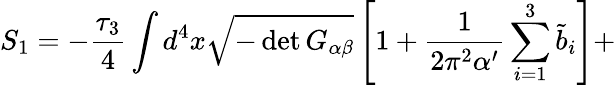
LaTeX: S_{1}=-\frac{\tau_{3}}{4}\int d^{4}x\sqrt{-\operatorname*{det}G_{\alpha\beta}}\left[1+\frac{1}{2\pi^{2}\alpha^{\prime}}\sum_{i=1}^{3}{\tilde{b}}_{i}\right]+